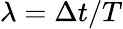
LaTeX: \lambda=\Delta t/T